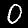
Digit: 0